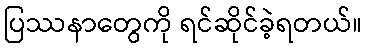
ပြဿနာတွေကို ရင်ဆိုင်ခဲ့ရတယ်။